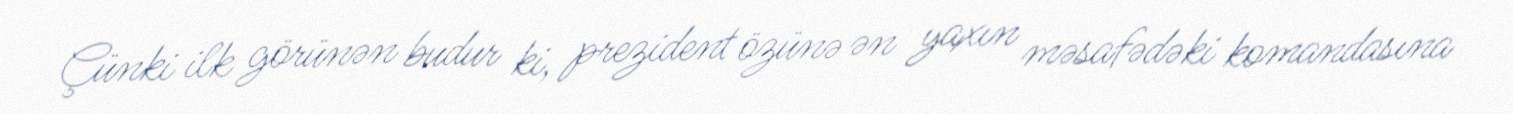
Çünki ilk görünən budur ki, prezident özünə ən yaxın məsafədəki komandasına